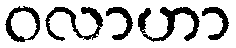
ဝလာဟာ